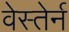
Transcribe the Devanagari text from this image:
वेस्तेर्न